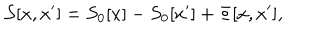
{ \cal { S } } [ x , x ^ { \prime } ] = S _ { 0 } [ x ] - S _ { 0 } [ x ^ { \prime } ] + \Phi [ x , x ^ { \prime } ] ,